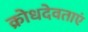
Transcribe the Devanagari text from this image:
क्रोधदेवताएं